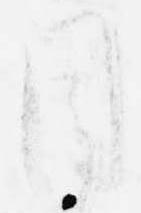
目